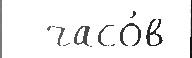
  часо́в